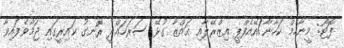
ފޮޓޯ: މީނާހެމް ކަހާނާ/އޭއެފްޕީ އިޒްރޭލާއި ޣައްޒާ ގުޅޭ ސަރަހައްދީ ރޮނގު ކައިރީގައި ޖަމާވެފައިވާ